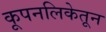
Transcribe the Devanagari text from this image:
कूपनलिकेतून